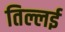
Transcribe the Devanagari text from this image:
तिल्लई